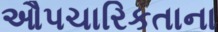
ઔપચારિકતાના